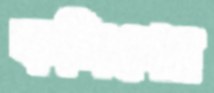
কলিগের